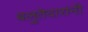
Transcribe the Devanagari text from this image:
बलुतेदारांनी